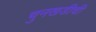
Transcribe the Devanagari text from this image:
चुनखडीची